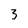
Character: 3